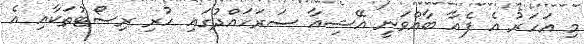
މި އަހަރު އެ ފެއާ ބާއްވަނީ އޭޝިއާ ސަރަހައްދުގައި ހުރި ރިސޯޓުތަކާއި އެ